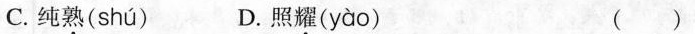
C.纯熟( shú ) D.照耀( yào ) ( )